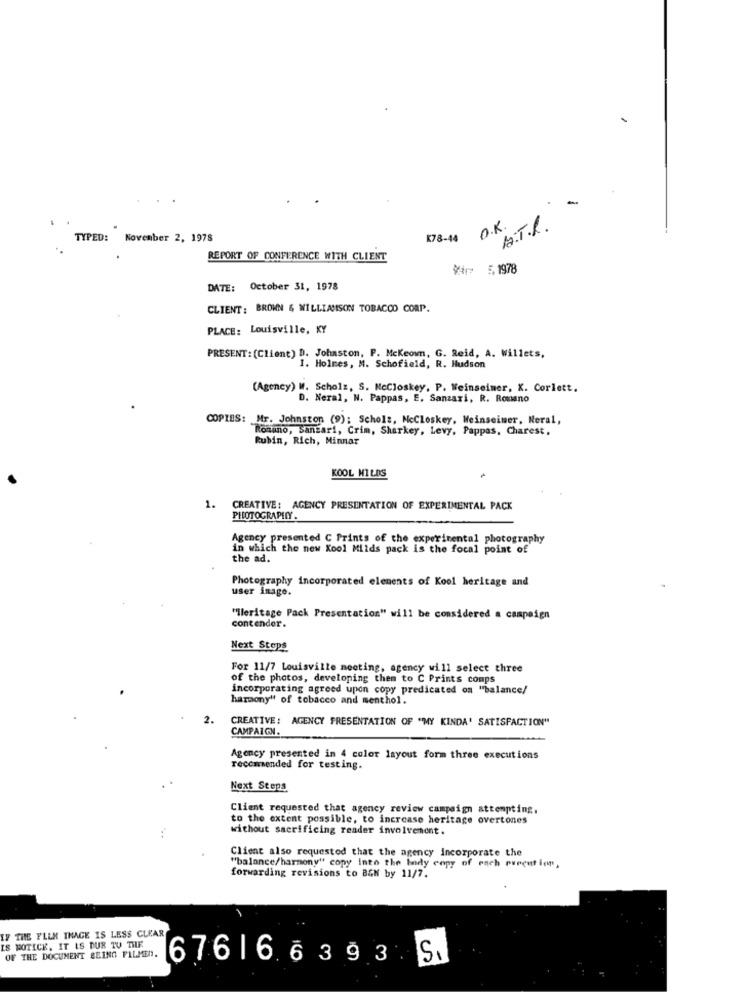
A.T.R.
O.K.
TYPED: November 2, 1978
K78-44
REPORT OF CONFERENCE WITH CLIENT
*r 5,1978
DATE: October 31, 1978
CLIENT : BROWN & WILLIAMSON TOBACCO CORP.
PLACE: Louisville, KY
PRESENT: (Client) D. Johnston, P. Mckeown, G. Reid, A. Willets,
1. Holmes, M. Schofield, R. Hudson
(Agency) W. Scholz, S. Mccloskey, P. Weinseimer, X. Corlett.
D. Neral, N. Pappas, E. Sanzari, R. Romano
COPIES: Mr. Johnston (9); Scholz, Mccloskey, Weinseiner, Meral,
Ronuno, Sanzari, Crim, Sharkey, Levy, Pappas, Charest.
Rubin, Rich, Minnar
KOOL MILDS
1.
CREATIVE: AGENCY PRESENTATION OF EXPERIMENTAL PACK
PHOTOGRAPHY.
Agency presented C Prints of the experimental photography
in which the new Kool Milds pack is the focal point of
the ad.
Photography incorporated elements of Kool heritage and
user inage.
"Ileritage Pack Presentation" will be considered a campaign
contender.
Next Stops
For 11/7 Louisville meeting, agency will select three
of the photos, developing them to C Prints comps
incorporating agreed upon copy predicated os "balance/
harmony" of tobacco and menthol.
2.
CREATIVE: AGENCY FRESENTATION OF "MY KINDA' SATISFACTION"
CAMPAIGN.
Agency presented in 4 color layout form three executions
recommended for testing.
Next Steps
Client requested that agency review campaign attempting.
to the extent possible, to increase heritage overtones
without sacrificing reader involvenont.
...
Client also requested that the agency incorporate the
"balance/harmony" copy into the body copy of each purcution,
forwarding revisions to B&N by 11/7.
IF THE FILM THAGE IS LESS CLEAR
IS NOTICE, IT IS DUR TU THE
OF THE DOCUMENT BEING FILMEN.
67616 6393 5.